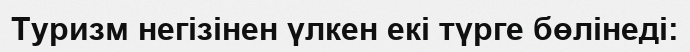
Туризм негізінен үлкен екі түрге бөлінеді: